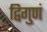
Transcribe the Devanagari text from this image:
द्विगुणं